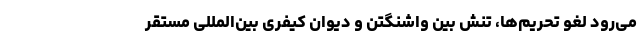
می‌رود لغو تحریم‌ها، تنش بین واشنگتن و دیوان کیفری بین‌المللی مستقر